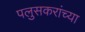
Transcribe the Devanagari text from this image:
पलुसकरांच्या